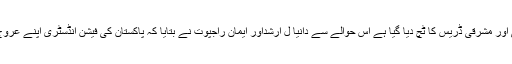
ان ملبوسات میں مغربی اور مشرقی ڈریس کا ٹچ دیا گیا ہے اس حوالے سے دانیا ل ارشداور ایمان راجپوت نے بتایا کہ پاکستان کی فیشن انڈسٹری اپنے عروج کی جانب گامزن ہے۔